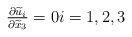
\begin{align*}\tfrac{\partial \widetilde u_i}{\partial \widetilde x_3} =0 i=1,2,3\end{align*}